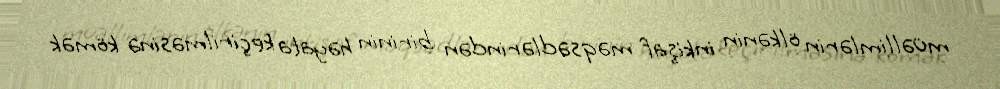
müəllimlərin ölkənin inkişaf məqsədlərindən birinin həyata keçirilməsinə kömək